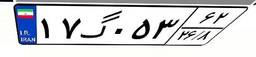
۴۷گ۹۷۴۸۰